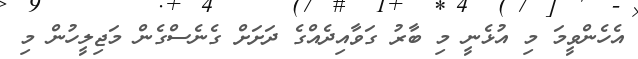
އެހެންވީމަ މި އުޅެނީ މި ބާރު ގަވާއިދެއްގެ ދަށަށް ގެނެސްގެން މަޖިލީހުން މި